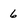
Character: 6